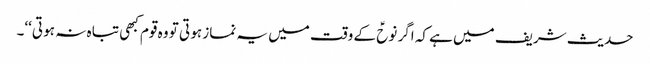
حدیث شریف میں ہے کہ اگر نوحؑ کے وقت میں یہ نماز ہو تی تو وہ قوم کبھی تبا ہ نہ ہو تی‘‘۔